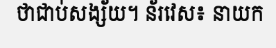
ថាជាប់សង្ស័យ។ ន័រវេស៖ នាយក